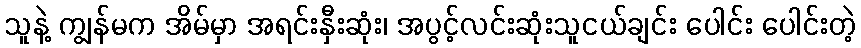
သူနဲ့ ကျွန်မက အိမ်မှာ အရင်းနှီးဆုံး၊ အပွင့်လင်းဆုံးသူငယ်ချင်း ပေါင်း ပေါင်းတဲ့